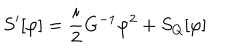
LaTeX: S ^ { \prime } [ \varphi ] = { \frac { i } { 2 } } G ^ { - 1 } \varphi ^ { 2 } + S _ { Q } [ \varphi ]